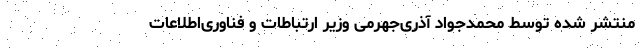
منتشر شده توسط محمدجواد آذری‌جهرمی وزیر ارتباطات و فناوری‌اطلاعات